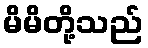
မိမိတို့သည်